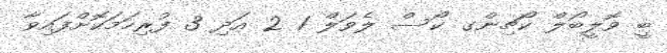
ބީ ވޮލީބޯލް ކޯޗިންގ ކޯސް ލެވަލް 1 2 އަދި 3 ފުރިހަމަކޮށްފައިވާ